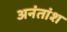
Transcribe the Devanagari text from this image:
अनंतांश